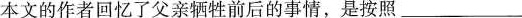
本文的作者回忆了父亲牺牲前后的事情，是按照___